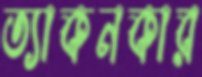
ত্যাকনকার